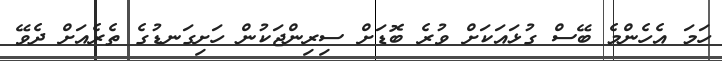
ހަމަ އެހެންމެ ބޭސް ގުޅައަކަށް ވުރެ ބޮޑަށް ސިރިންޖަކުން ހަށިގަނޑުގެ ތެރެއަށް ދެވޭ